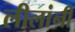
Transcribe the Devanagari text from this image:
लीलांनी